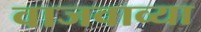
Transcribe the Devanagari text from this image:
वाजवाव्या